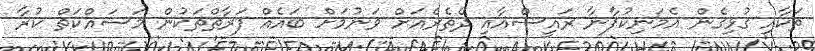
ތަކާއި ގުޅިގެން އެމަނިކުފާނާ ރައީސްއާއި ދޭތެރެއަށް ވަނުމަށް ބައެއް ފަރާތްތަކުން މަސައްކަތް ކުރާ